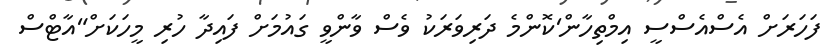
ފަހަރަށް އެސްއެސްސީ އިމްތިހާން'ކޮންމެ ދަރިވަރަކު ވެސް ވާންވީ ގައުމަށް ފައިދާ ހުރި މީހަކަށް"އާޓްސް